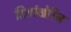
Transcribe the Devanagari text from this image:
दिशांखेरिज